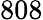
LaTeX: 808